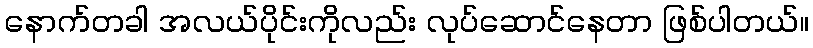
နောက်တခါ အလယ်ပိုင်းကိုလည်း လုပ်ဆောင်နေတာ ဖြစ်ပါတယ်။